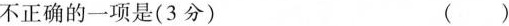
不正确的一项是(3分) ()